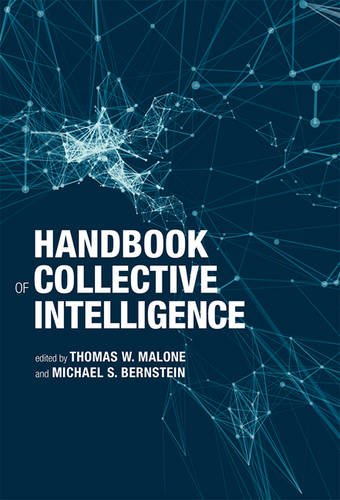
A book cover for Handbook of Collective Intelligence; Business & Money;